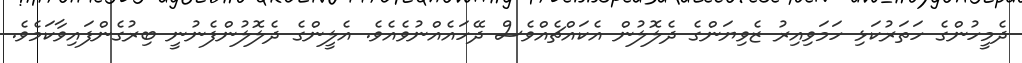
ދެމީހުންގެ ހަތަރުކަޅި ހަމަވިއިރު ޒެވިޔަންގެ ދެލޮލުން އެކައްޗެއްވެސް ދޭހައެއްނުވެއެވެ. އެލީންގެ ދެލޮލުންފެނުނީ ބިރުގެންފައިވާކަމެވެ.